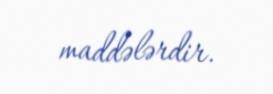
maddələrdir.